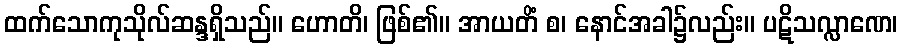
ထက်သောကုသိုလ်ဆန္ဒရှိသည်။ ဟောတိ၊ ဖြစ်၏။ အာယတိံ စ၊ နောင်အခါ၌လည်း။ ပဋိသလ္လာဏေ၊